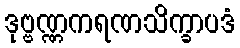
ဒုဗ္ဗဏ္ဏကရဏသိက္ခာပဒံ